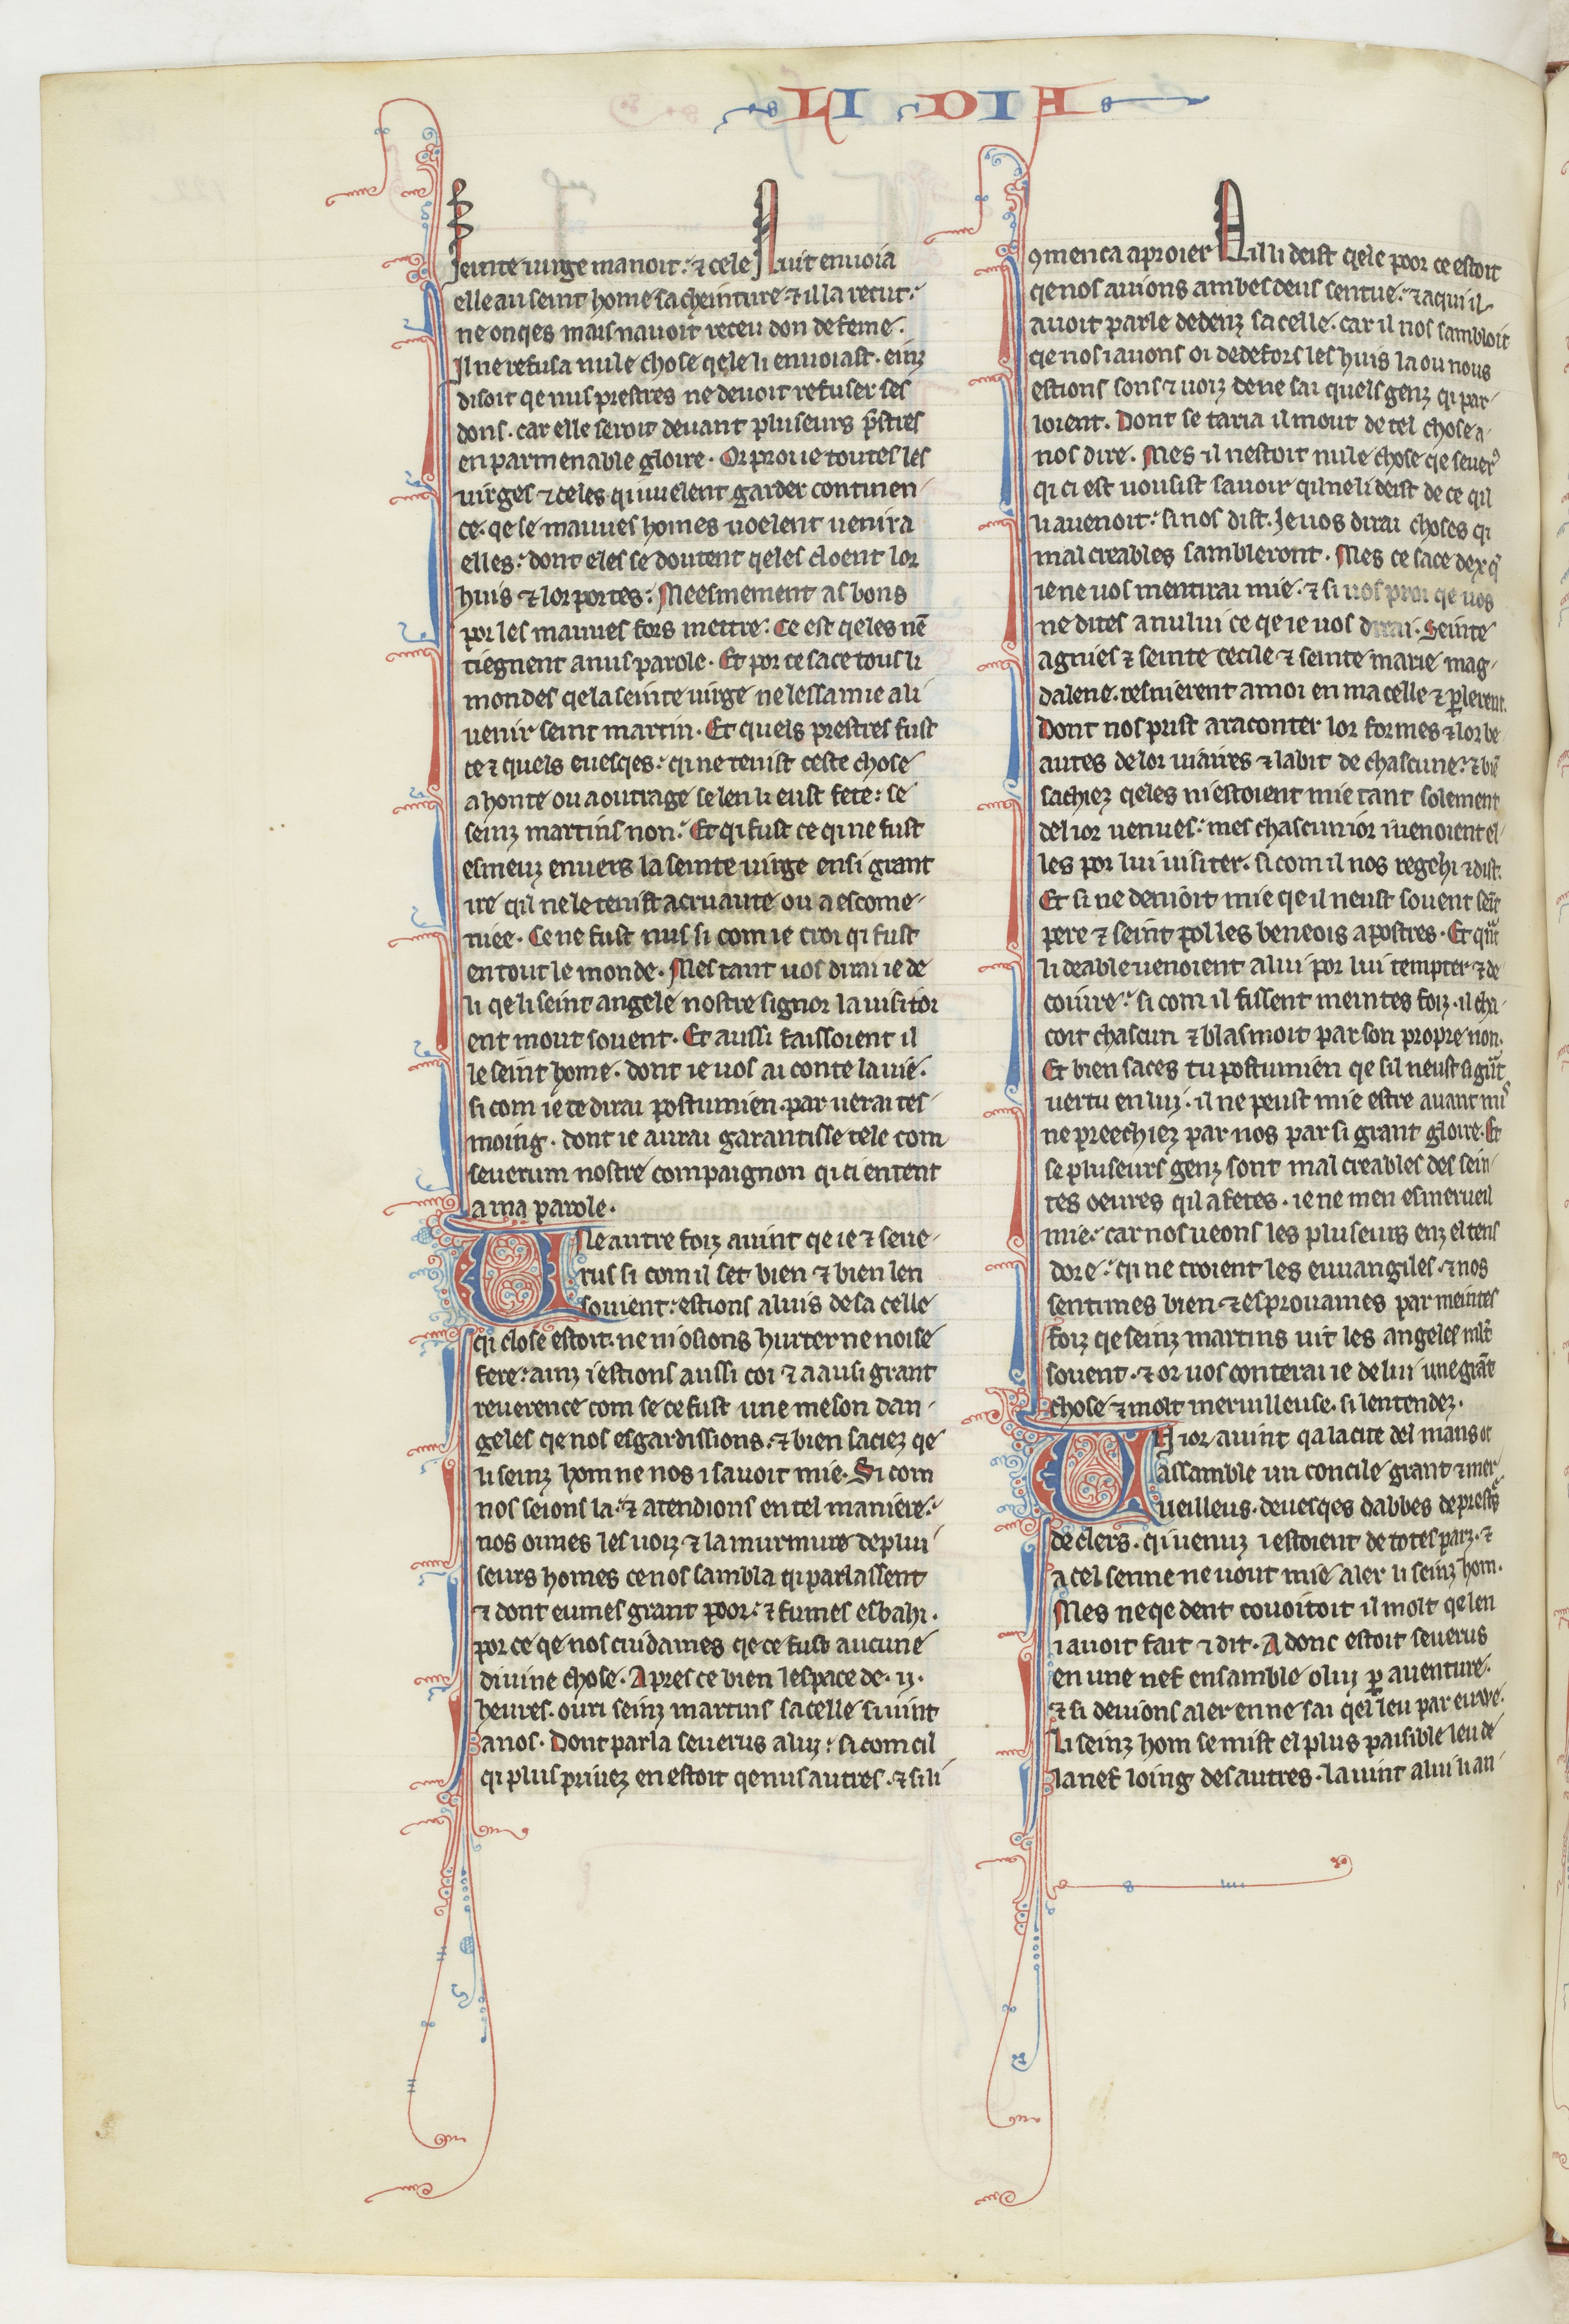
Shelfmark: Paris, BnF, fr. 412
Century: 13